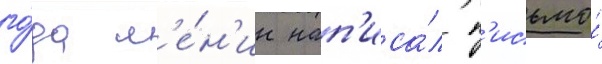
го́да л'е́н'ин нап'иса́л п'исьмо́